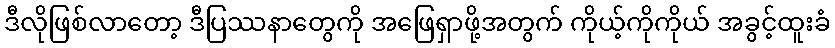
ဒီလိုဖြစ်လာတော့ ဒီပြဿနာတွေကို အဖြေရှာဖို့အတွက် ကိုယ့်ကိုကိုယ် အခွင့်ထူးခံ